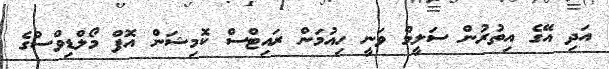
އަދި އޭގެ އިތުރުން ސަލީމް ވަނީ ހިއުމަން ރައިޓްސް ކޮމިޝަން އޮފް މޯލްޑިވްސްގެ